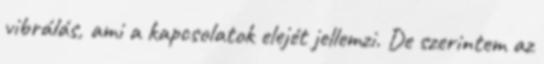
vibrálás, ami a kapcsolatok elejét jellemzi. De szerintem az